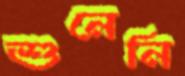
শুনেনি